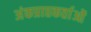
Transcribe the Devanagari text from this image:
अंकप्राप्तकर्ताओं